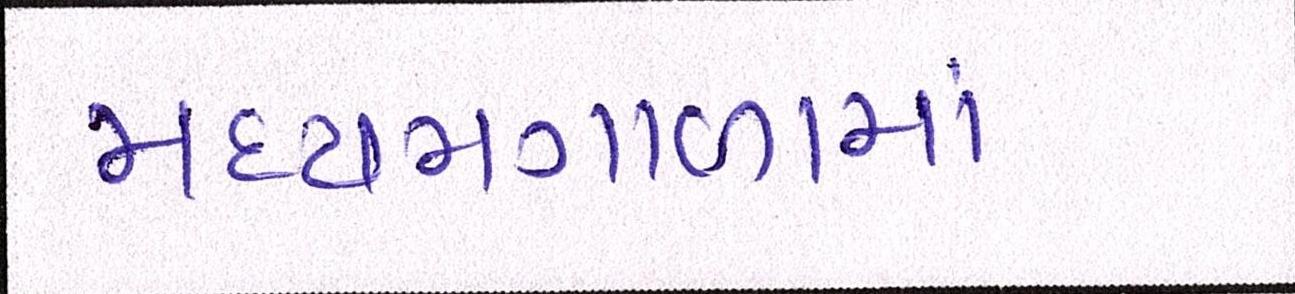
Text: મધ્યમગાળામાં